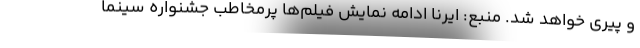
و پیری خواهد شد. منبع: ایرنا ادامه نمایش فیلم‌ها پرمخاطب جشنواره سینما